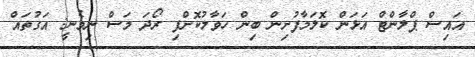
އައިސް ޕްލާންޓް އަޅަން ކޮލަމާފުށިން ބިން ހަވާލުކޮށްފި ރޯދަ މަސް ނިމެނީ: އަގުތައް